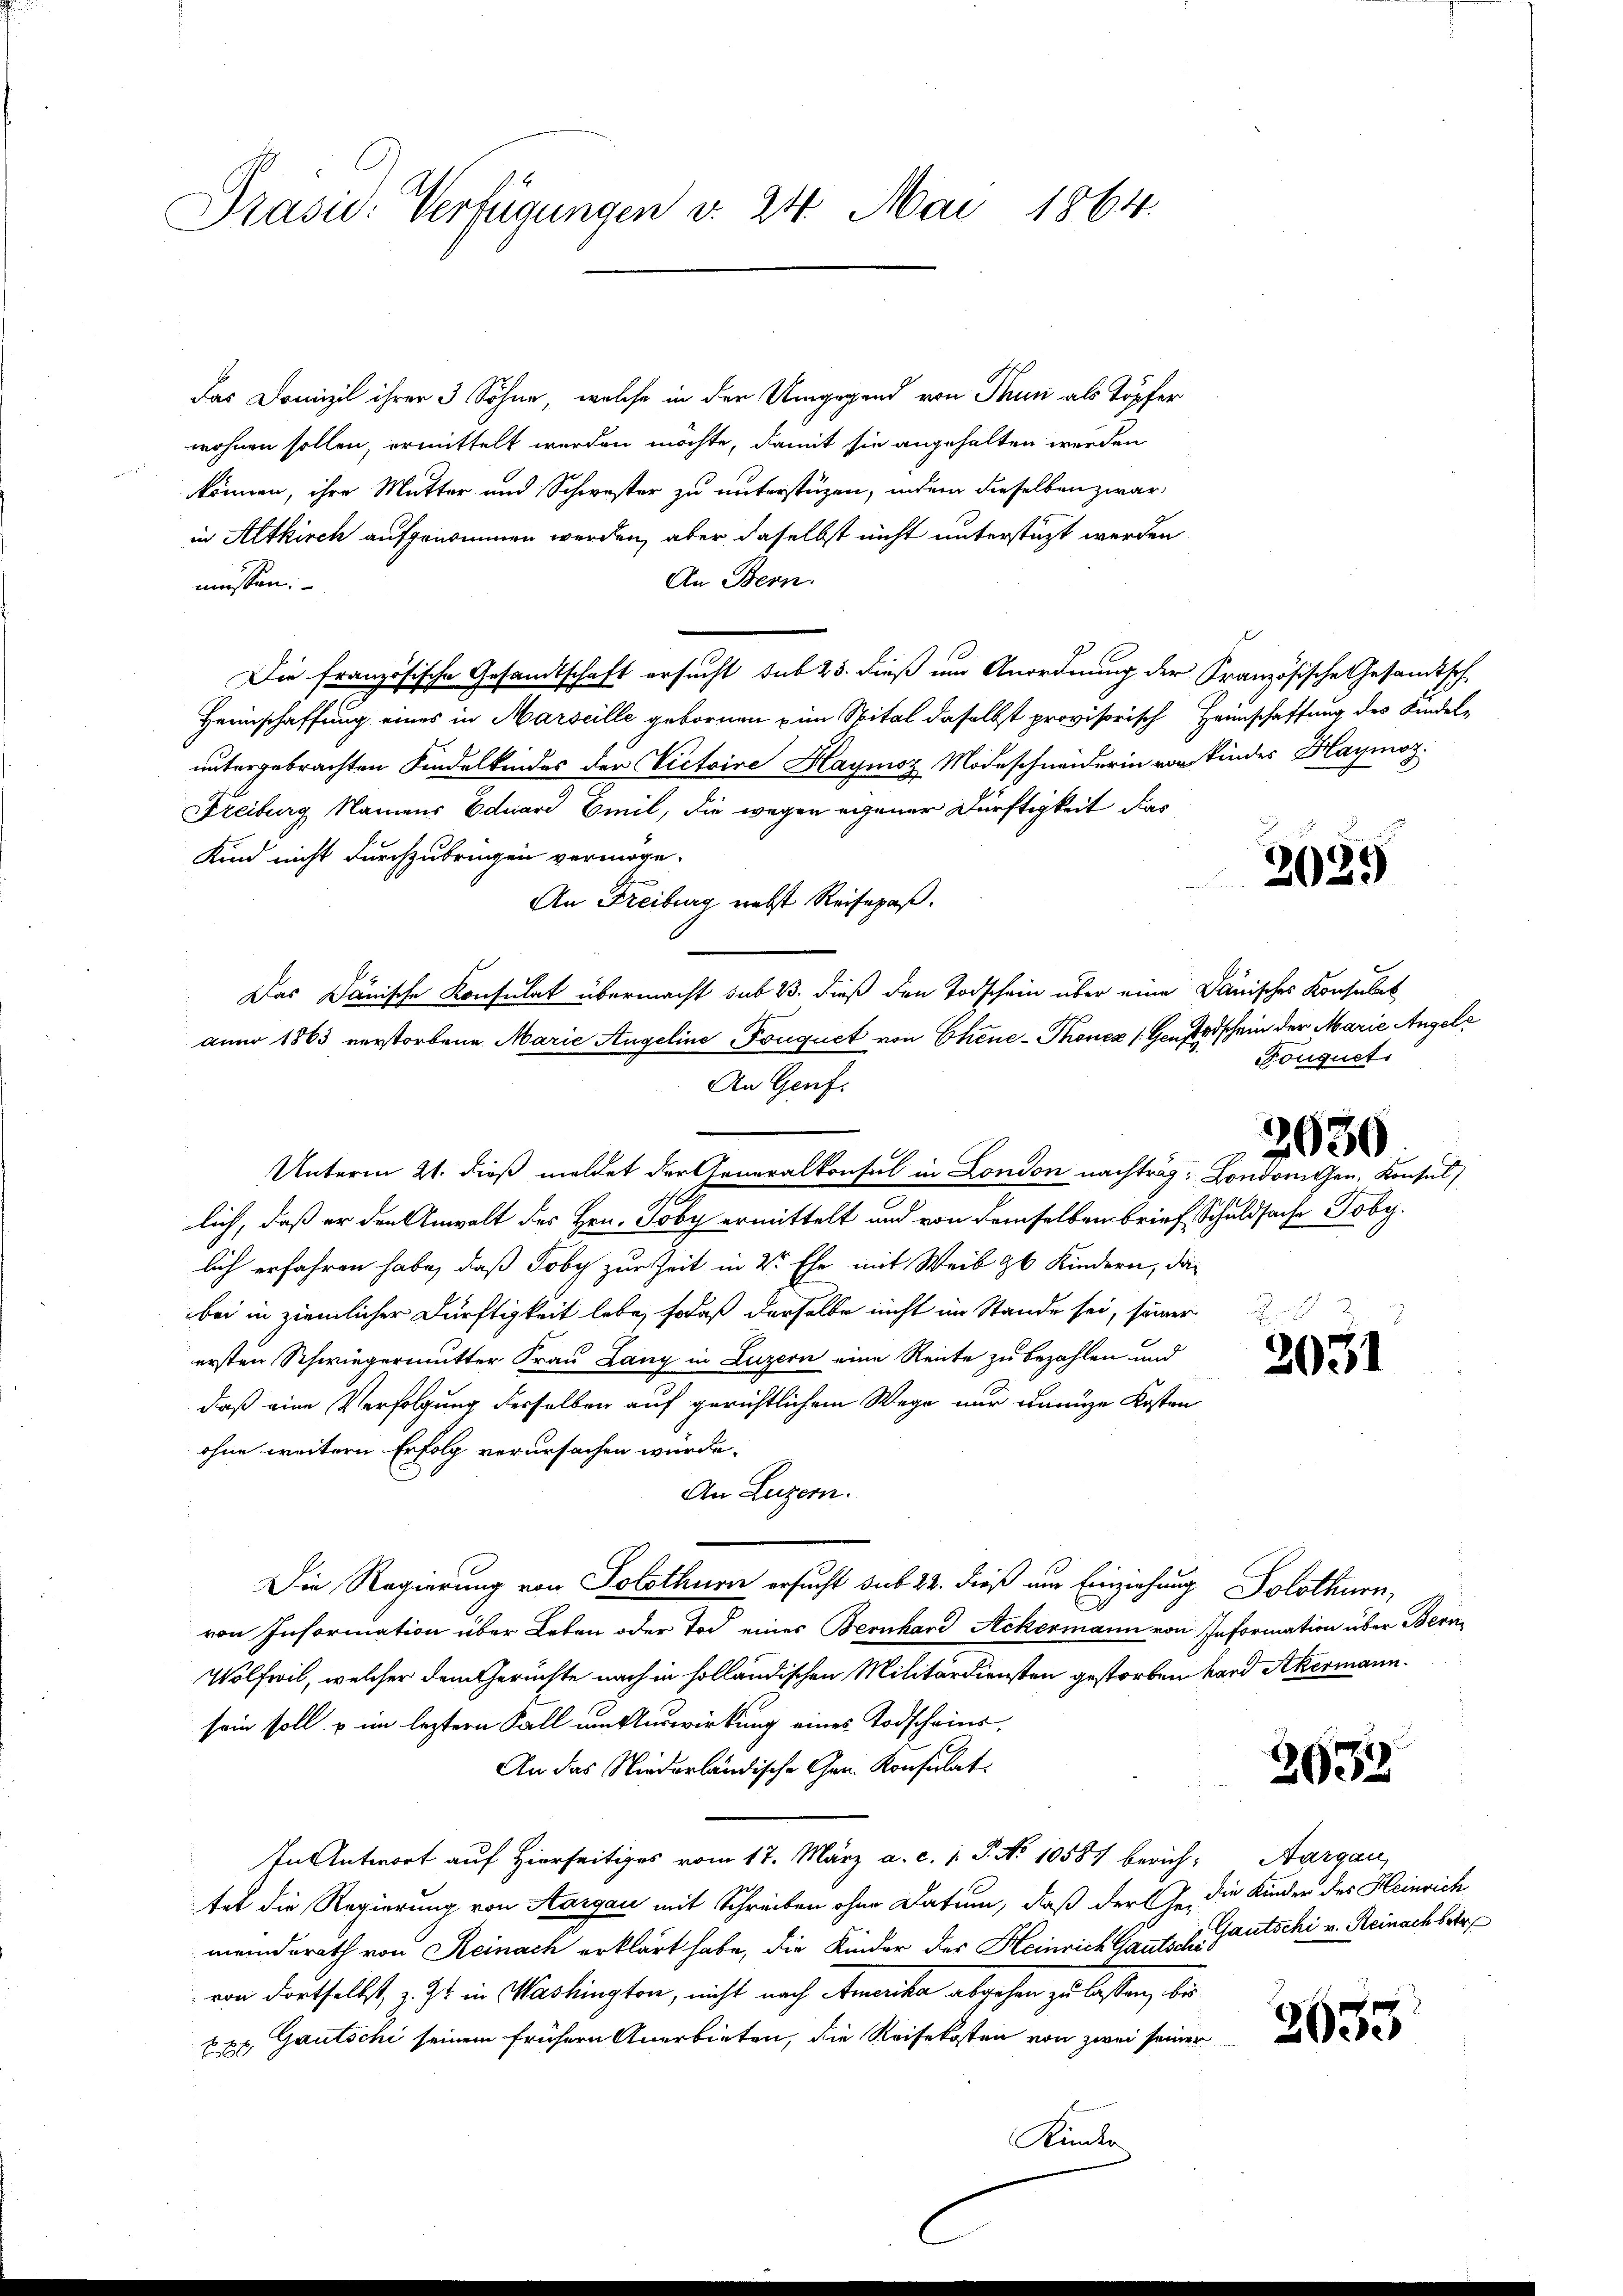
Präsid. Verfügungen v. 24. Mai 1864.

Das Domizil ihrer 3 Söhne, welche in der Umgegend von Thun als Töpfer
wohnen sollen, ermittelt werden möchte, damit sie angehalten werden
können, ihre Mutter und Schwester zu unterstüzen, indem dieselben zwar,
in Altkirch aufgenommen werden, aber daselbst nicht unterstüzt werden
An Bern.
müssen.
Die französische Gesandtschaft ersucht sub 25. dieß um Anordnung der Französische Gesandtsch
Heimschaffung eines in Marseille gebornen zum Spital daselbst provisorisch Heimschaffung des Kindeluntergebrachten Kindelkindes der Victoire Haymoz Modeschneiderin von Kinder Haymoz
Freiburg Namens Eduard Emil, die wegen eigener Dürftigkeit das
Kind nicht durchzubrigen vermöge.
An Freiburg nebst Reisepaß.
Das Janische Konsulat übermacht sub 23. dieß den Todschein über eine Danisches Konsulat
anno 1863 verstorbene Marie Angeline „Pouquet von Chine-Thonen (Gensterschein der Marie Angele
An Genf.
Unterm 21. dieß meldet der Generalkonsul in London nachtrag: Londoniten, Konsul
lich, daß er den Anwalt des Hrn. Toby ermittelt und von demselben brief Schuldsache Toby.
lich erfahren habe, daß Joby zur Zeit in 2t Ehe mit Weib 36 Kindern, das
bei in ziemlicher Dürftigkeit lebe, sodaß derselbe nicht im Stande sei, seiner
ersten Schwiegermutter Frau Lany in Luzern eine Reute zu bezahlen und
daß eine Verfolgung derselben auf gerichtlichem Wege nur dannze Kosten
ohne weitern Erfolg verursachen würde.
An Luzern.
Die Regierung von Solothurn ersucht sub 22. dieß um Einziehung Solothurn,
von Information über Leben oder Tod eines Bernhard Ackermann von Information über Bera¬
Wolfwil, welcher dem Gerüchte nach in holländischen Militärdiensten gestorben kard Akermann.
sein soll, u im leztern Fall um Auswirkung eines Todscheins¬
An das Niederländische Gen. Konsulat
In Antwort auf Hierseitiges vom 17. März a. c. 1 S. No 10587 berich, Aargau,
tet die Regierung von Aargau mit Schreiben ohne Datum, daß der je die Kinder des Heinrich
meinderath von Reinach erklärt habe, die Kinder des Heinrich Gauts k. rutschi v. Reinachbetr
von dortselbst, z. Js. in Washington, nicht nach Amerika abgehen zu lassen, bis
pp Gautschi seinem frühern Anerbieten, die Reisekosten von zwei seiner

2039

Touquet.

2630

2051

2633.

2635